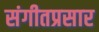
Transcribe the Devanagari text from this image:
संगीतप्रसार